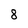
Character: 8